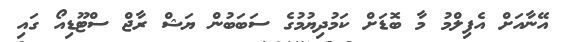
އޭނާއަށް އެފިލްމު މާ ބޮޑަށް ކަމުދިޔުމުގެ ސަބަބުން ޔަޝް ރާޖް ސްޓޫޑިއޯ ގައި